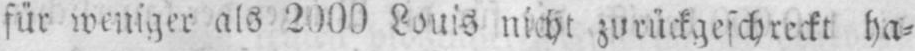
für weniger als 200 Louis nicht zurückgeschreckt ha⸗